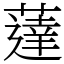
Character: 薘